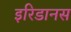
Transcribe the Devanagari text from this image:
इरिडानस